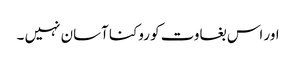
اور اس بغاوت کو روکنا آسان نہیں ۔